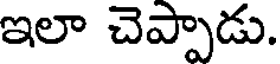
ఇలా చెప్పాడు.